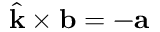
\hat { \mathbf { k } } \times \mathbf { b } = - \mathbf { a }